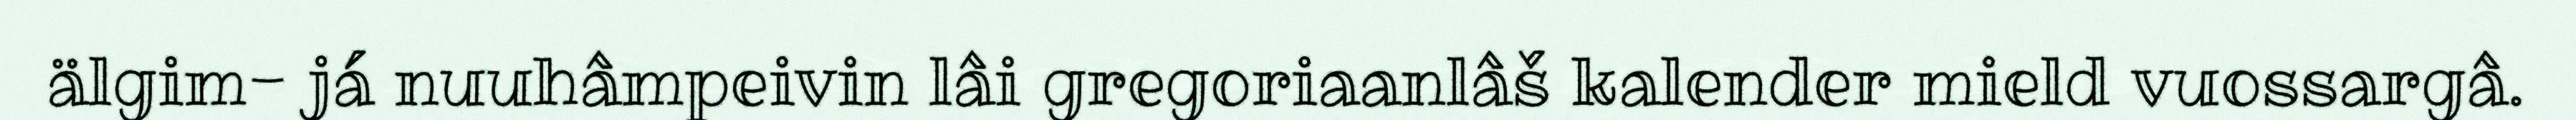
älgim- já nuuhâmpeivin lâi gregoriaanlâš kalender mield vuossargâ.